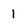
Character: 1